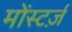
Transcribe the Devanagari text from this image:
मोंस्टर्ज़